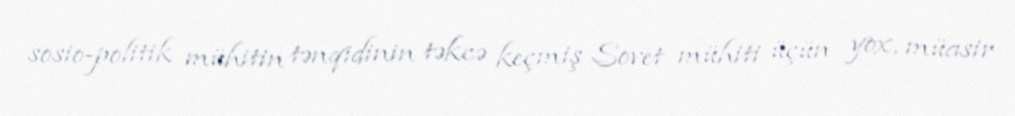
sosio-politik mühitin tənqidinin təkcə keçmiş Sovet mühiti üçün yox, müasir